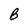
Character: B